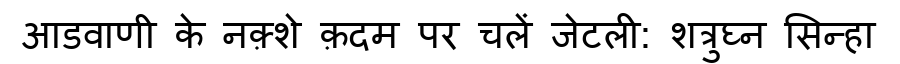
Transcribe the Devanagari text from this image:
आडवाणी के नक़्शे क़दम पर चलें जेटली: शत्रुघ्न सिन्हा